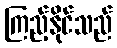
ကြည့်နိုင်သည်